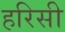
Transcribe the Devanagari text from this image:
हरिसी